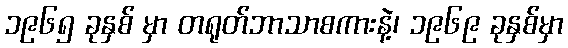
၁၉၆၅ ခုနှစ် မှာ တရုတ်ဘာသာစကားနဲ့၊ ၁၉၆၉ ခုနှစ်မှာ